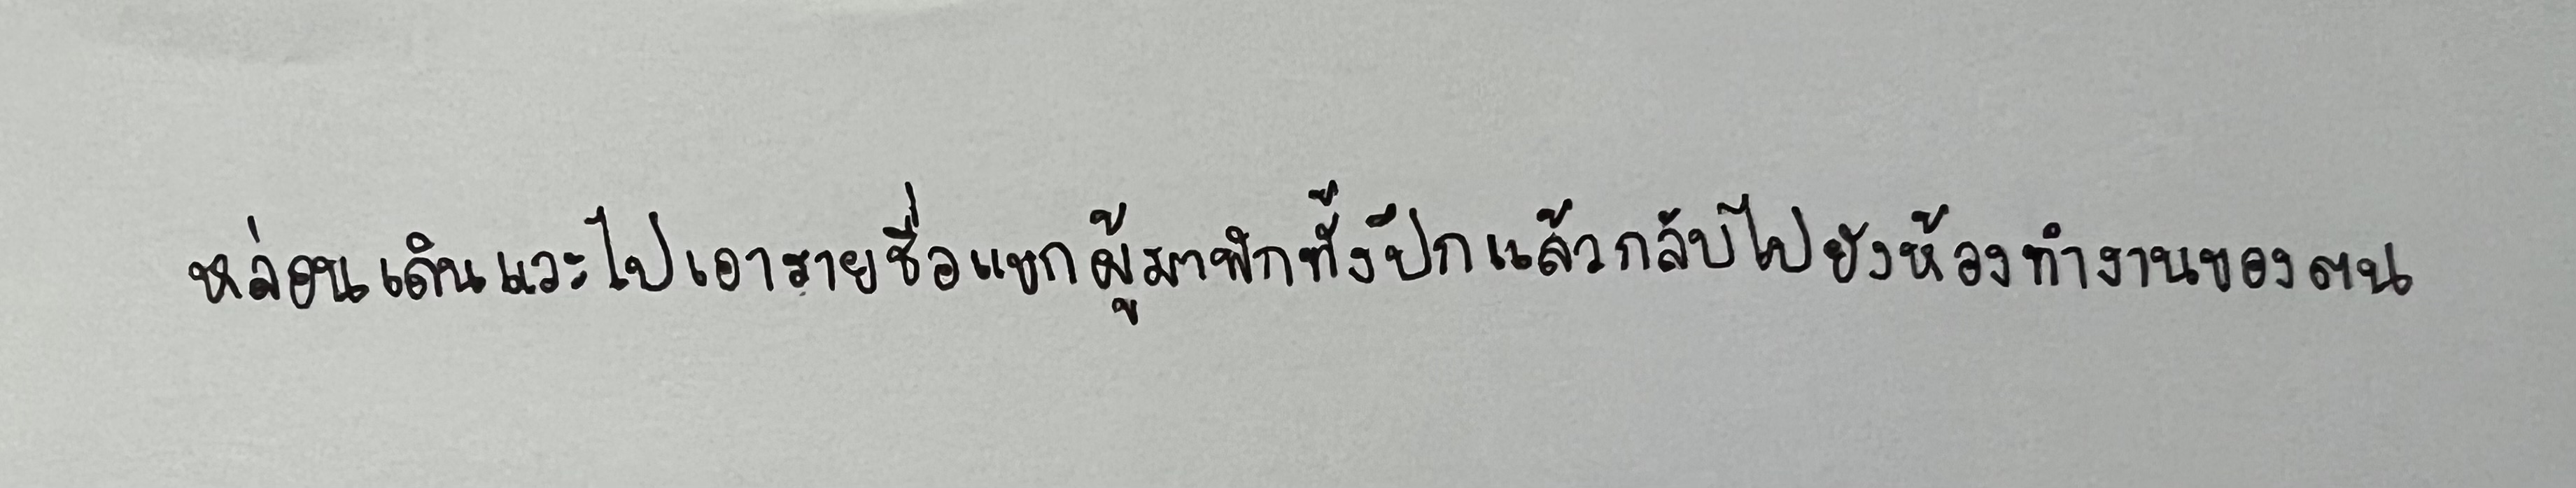
หล่อนเดินแวะไปเอารายชื่อแขกผู้มาพักทั้งปึกแล้วกลับไปยังห้องทำงานของตน